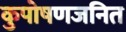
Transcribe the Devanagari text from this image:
कुपोषणजनित